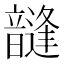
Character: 韼